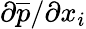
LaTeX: {\partial\overline{{p}}}/{\partial x_{i}}